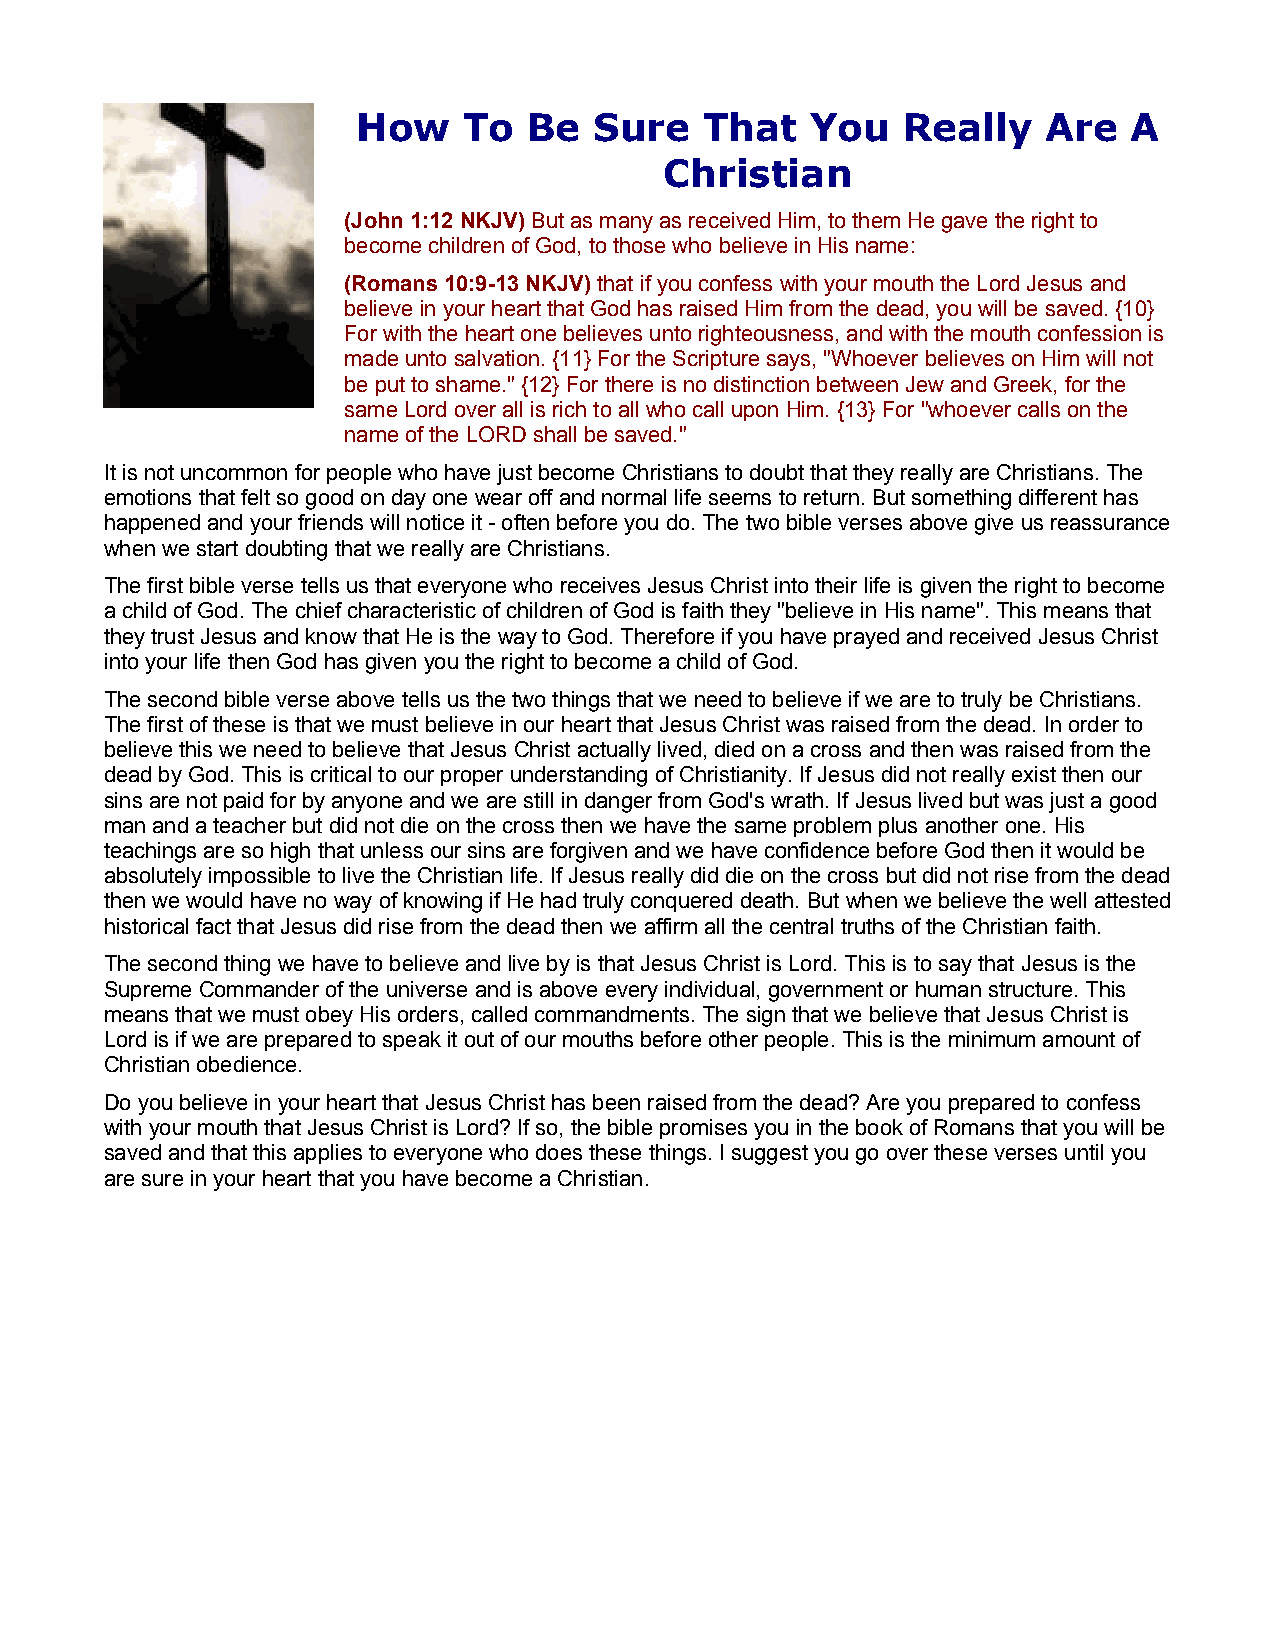
How    To  Be  Sure    That   You   Really   Are   A
 Christian
 (John 1:12 NKJV) But as many as received Him, to them He gave the right to
 become children of God, to those who believe in His name:
 (Romans 10:9-13 NKJV) that if you confess with your mouth the Lord Jesus and
 believe in your heart that God has raised Him from the dead, you will be saved. {10}
 For with the heart one believes unto righteousness, and with the mouth confession is
 made unto salvation. {11} For the Scripture says, "Whoever believes on Him will not
 be put to shame." {12} For there is no distinction between Jew and Greek, for the
 same Lord over all is rich to all who call upon Him. {13} For "whoever calls on the
 name of the LORD shall be saved."
 It is not uncommon for people who have just become Christians to doubt that they really are Christians. The
 emotions that felt so good on day one wear off and normal life seems to return. But something different has
 happened and your friends will notice it - often before you do. The two bible verses above give us reassurance
 when we start doubting that we really are Christians.
 The first bible verse tells us that everyone who receives Jesus Christ into their life is given the right to become
 a child of God. The chief characteristic of children of God is faith they "believe in His name". This means that
 they trust Jesus and know that He is the way to God. Therefore if you have prayed and received Jesus Christ
 into your life then God has given you the right to become a child of God.
 The second bible verse above tells us the two things that we need to believe if we are to truly be Christians.
 The first of these is that we must believe in our heart that Jesus Christ was raised from the dead. In order to
 believe this we need to believe that Jesus Christ actually lived, died on a cross and then was raised from the
 dead by God. This is critical to our proper understanding of Christianity. If Jesus did not really exist then our
 sins are not paid for by anyone and we are still in danger from God's wrath. If Jesus lived but was just a good
 man and a teacher but did not die on the cross then we have the same problem plus another one. His
 teachings are so high that unless our sins are forgiven and we have confidence before God then it would be
 absolutely impossible to live the Christian life. If Jesus really did die on the cross but did not rise from the dead
 then we would have no way of knowing if He had truly conquered death. But when we believe the well attested
 historical fact that Jesus did rise from the dead then we affirm all the central truths of the Christian faith.
 The second thing we have to believe and live by is that Jesus Christ is Lord. This is to say that Jesus is the
 Supreme Commander of the universe and is above every individual, government or human structure. This
 means that we must obey His orders, called commandments. The sign that we believe that Jesus Christ is
 Lord is if we are prepared to speak it out of our mouths before other people. This is the minimum amount of
 Christian obedience.
 Do you believe in your heart that Jesus Christ has been raised from the dead? Are you prepared to confess
 with your mouth that Jesus Christ is Lord? If so, the bible promises you in the book of Romans that you will be
 saved and that this applies to everyone who does these things. I suggest you go over these verses until you
 are sure in your heart that you have become a Christian.